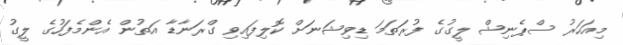
މިއަހަރު ސްޕެނިޝް ލީގުގެ ފުރަތަމަ ޑިވިޝަނަށް ކޮލިފައިވި ގްރަނާޑާ އަތުން އެންމެފަހުގެ ލީގު